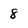
Character: 8